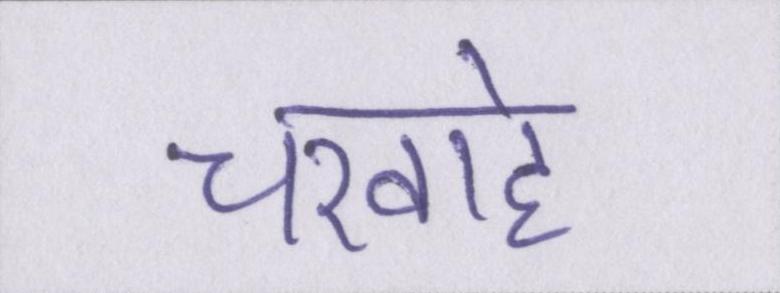
चरवाहे